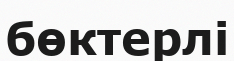
бөктерлі